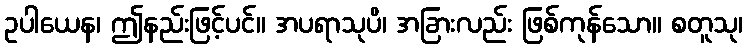
ဥပါယေန၊ ဤနည်းဖြင့်ပင်။ အပရာသုပိ၊ အခြားလည်း ဖြစ်ကုန်သော။ စတူသု၊